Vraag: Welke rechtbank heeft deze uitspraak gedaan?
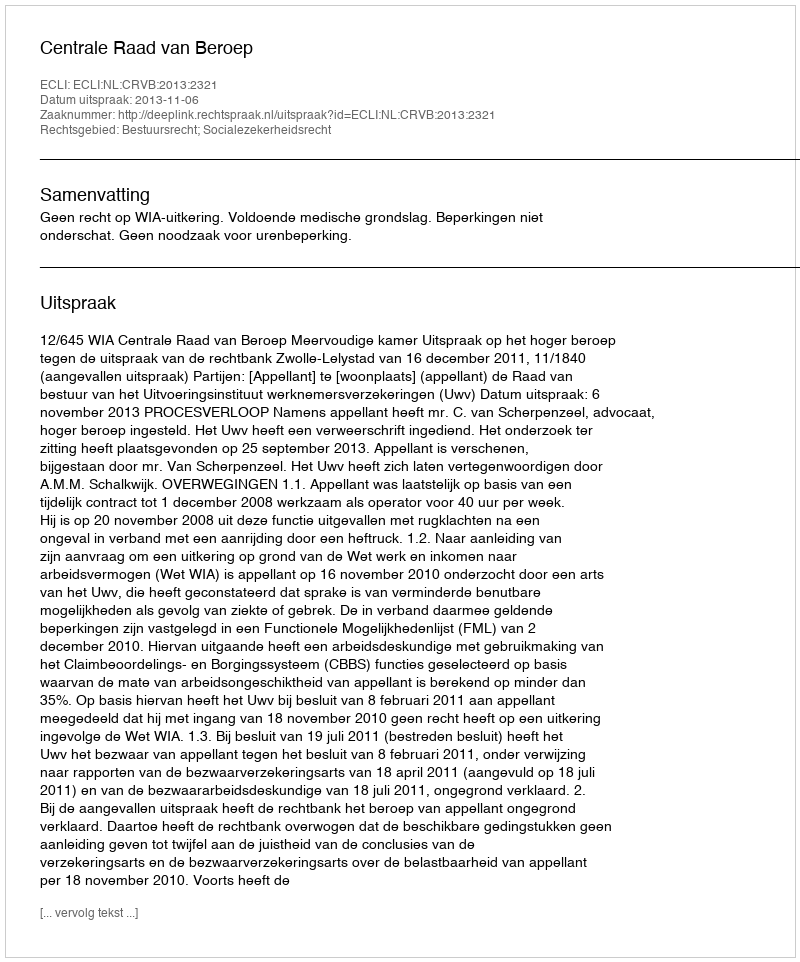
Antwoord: Centrale Raad van Beroep